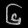
Digit: ၆